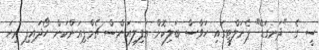
ސީ ގެ "ދަނގަޑޭ" ޕެނަލްޓީގައި ހަވާސް ބަލިކޮށް އަފިލިއަންސް ޗެމްޕިއަންކަން ހޯދައިފި ރިހަ